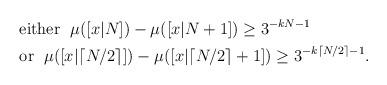
LaTeX: \begin{align*} & \mbox{ either }\; \mu([x|N])-\mu([x|N+1])\geq 3^{-kN-1}\\ & \mbox{ or } \; \mu([x| \lceil N/2\rceil ])-\mu([x| \lceil N/2\rceil +1])\geq 3^{-k \lceil N/2\rceil -1}. \end{align*}